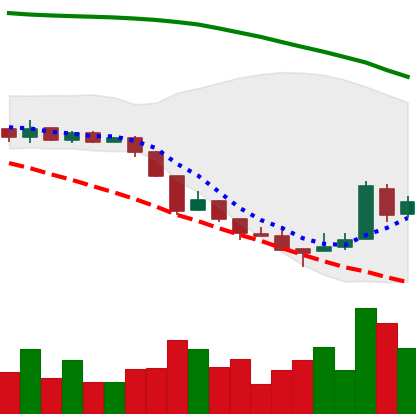
Ticker: XRP-USD
Chart end date: 2018-08-19
Forward return: -4.76%
Label: down_3_5